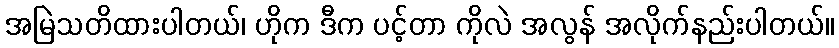
အမြဲသတိထားပါတယ်၊ ဟိုက ဒီက ပင့်တာ ကိုလဲ အလွန် အလိုက်နည်းပါတယ်။